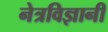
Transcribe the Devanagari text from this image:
नेत्रविज्ञानी